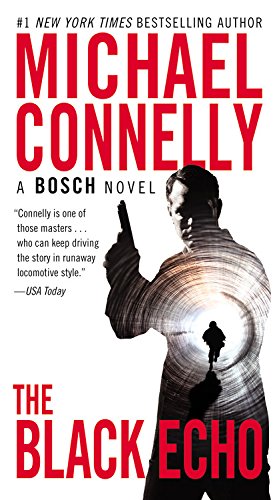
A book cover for The Black Echo (A Harry Bosch Novel); Michael Connelly; Mystery, Thriller & Suspense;